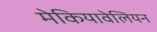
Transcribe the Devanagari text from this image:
मेकियावेलियन